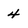
Character: 4